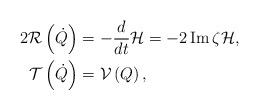
LaTeX: \begin{align*}2\mathcal{R}\left( \dot{Q}\right) & =-\frac{d}{dt}\mathcal{H}=-2\operatorname{Im}\zeta\mathcal{H},\\\mathcal{T}\left( \dot{Q}\right) & =\mathcal{V}\left( Q\right) ,\end{align*}